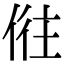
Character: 𠉫